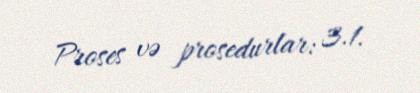
Proses və prosedurlar: 3.1.